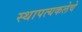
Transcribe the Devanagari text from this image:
स्थापत्यकलेचे